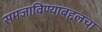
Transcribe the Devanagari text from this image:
समजाविण्याबद्दलचा